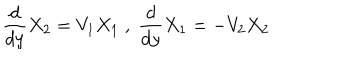
\frac { d } { d y } X _ { 2 } = V _ { 1 } X _ { 1 } \; , \; \frac { d } { d y } X _ { 1 } = - V _ { 2 } X _ { 2 }